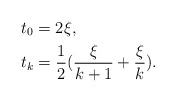
\begin{align*} t_0&= 2 \xi, \\ t_{k} &= \frac{1}{2}(\frac{\xi}{k+1}+ \frac{\xi}{k}). \end{align*}